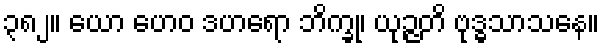
၃၈၂။ ယော ဟေဝ ဒဟရော ဘိက္ခု၊ ယုဉ္ဇတိ ဗုဒ္ဓသာသနေ။